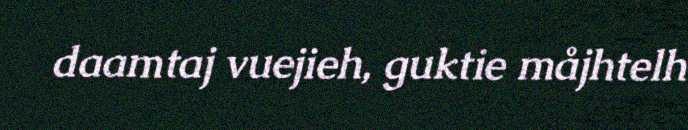
daamtaj vuejieh, guktie måjhtelh